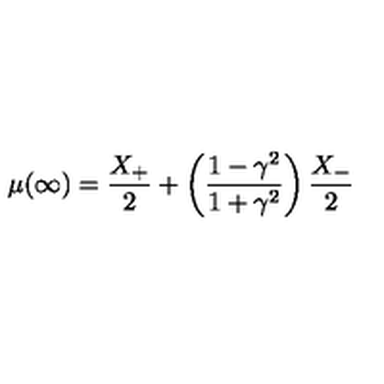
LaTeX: \mu ( \infty ) = \frac { X _ { + } } { 2 } + \left( \frac { 1 - \gamma ^ { 2 } } { 1 + \gamma ^ { 2 } } \right) \frac { X _ { - } } { 2 } \